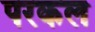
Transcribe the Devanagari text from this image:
परकल